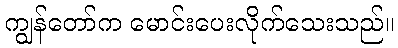
ကျွန်တော်က မောင်းပေးလိုက်သေးသည်။